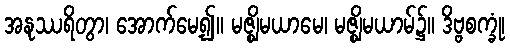
အနုဿရိတွာ၊ အောက်မေ့၍။ မဇ္ဈိမယာမေ၊ မဇ္ဈိမယာမ်၌။ ဒိဗ္ဗစက္ခုံ၊